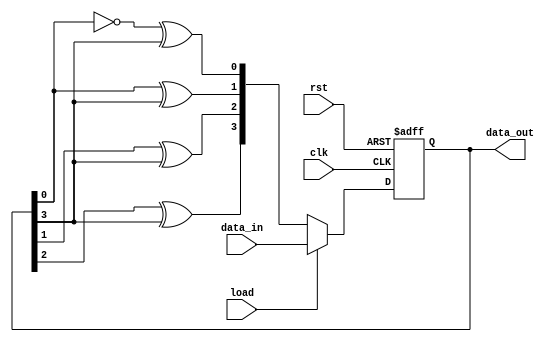
module johnson_counter (
    input clk,
    input rst,
    input load,
    input [3:0] data_in,
    output reg [3:0] data_out
);

reg [3:0] q_next;
reg [3:0] q_reg;

always @(posedge clk or posedge rst) begin
    if (rst) begin
        q_reg <= 4'b0000;
    end else if (load) begin
        q_reg <= data_in;
    end else begin
        q_reg <= q_next;
    end
end

always @* begin
    q_next[0] = ~q_reg[0] ^ q_reg[3];
    q_next[1] = q_reg[0] ^ q_reg[3];
    q_next[2] = q_reg[1] ^ q_reg[3];
    q_next[3] = q_reg[2] ^ q_reg[3];
end

assign data_out = q_reg;

endmodule